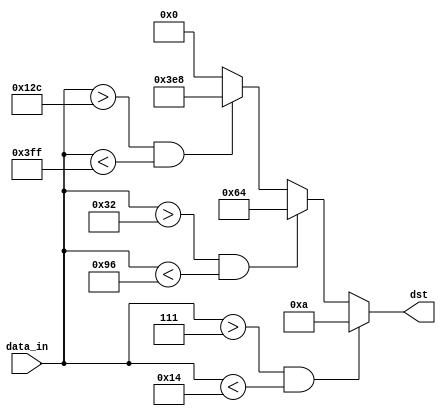
module freq_identifier(
	input [9:0] data_in,
	output wire [9:0] dst
	);


reg [9:0] temp_dst;

initial begin
	temp_dst = 0;
end

always @ (data_in)
begin
	if (data_in > 10'd7 && data_in < 10'd20)
		temp_dst <= 10'd10;
	else if (data_in >10'd50 && data_in < 10'd150)
		temp_dst <= 10'd100;
	else if (data_in > 10'd300 && data_in < 10'd1023)
		temp_dst <= 10'd1000;
	else 
		temp_dst <= 10'd0;
end

assign dst = temp_dst[9:0];

endmodule